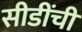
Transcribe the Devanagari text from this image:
सीडींची